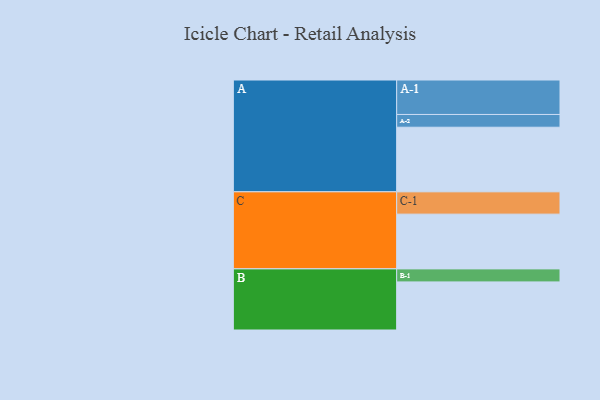
{"axis": {"x": "Segment", "y": "Value"}, "legend": ["", "A", "B", "C"], "data": [{"x": "A", "y": 446, "type": ""}, {"x": "B", "y": 332, "type": ""}, {"x": "C", "y": 378, "type": ""}, {"x": "A-1", "y": 238, "type": "A"}, {"x": "A-2", "y": 88, "type": "A"}, {"x": "B-1", "y": 90, "type": "B"}, {"x": "C-1", "y": 154, "type": "C"}]}